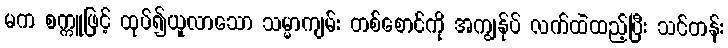
မက စက္ကူဖြင့် ထုပ်၍ယူလာသော သမ္မာကျမ်း တစ်စောင်ကို အကျွန်ုပ် လက်ထဲထည့်ပြီး သင်တန်း